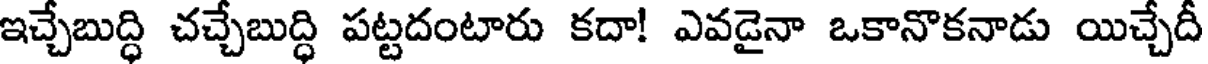
ఇచ్చేబుద్ధి చచ్చేబుద్ధి పట్టదంటారు కదా! ఎవడైనా ఒకానొకనాడు యిచ్చేదీ